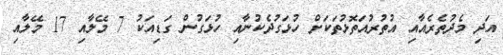
އަދި މެދުތެރެއާއި އުތުރުއަތޮޅުތަކަށް ހުޅަގުދެކުނާއި ހުޅަގުން ގަޑިއަކު 7 މޭލާއި 17 މޭލާއި